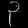
Digit: ၃